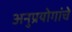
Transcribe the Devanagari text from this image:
अनुप्रयोगांचे